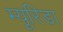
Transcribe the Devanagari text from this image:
म्यूरिडा